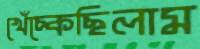
খেঁচ্‌কেছিলাম